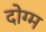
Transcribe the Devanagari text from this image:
दोग्म